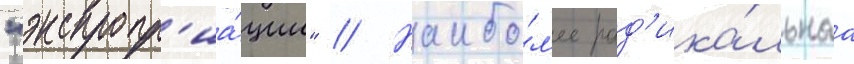
"экспропр'иа́ции" // Наибо́л'ее рад'ика́льнаа